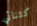
كثنائي